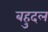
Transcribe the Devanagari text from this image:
बहुदल